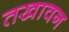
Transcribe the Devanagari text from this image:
तखावन